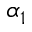
\alpha _ { 1 }